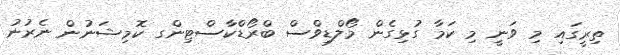
ތިރީގައި މި ވަނީ މި ކަމާ ގުޅިގެން މޯލްޑިވްސް ބްރޯޑްކާސްޓިންގ ކޮމިޝަނުން ނެރުނު